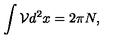
\int \mathcal { V } d ^ { 2 } x = 2 \pi N ,